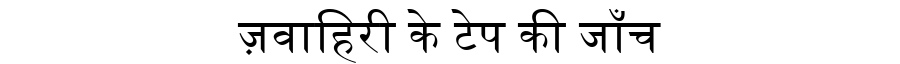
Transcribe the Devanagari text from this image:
ज़वाहिरी के टेप की जाँच